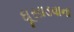
ઘૂસાડવાના